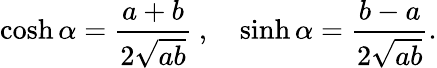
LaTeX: \cosh\alpha=\frac{a+b}{2\sqrt{ab}}\ ,\quad\sinh\alpha=\frac{b-a}{2\sqrt{ab}}.